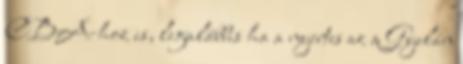
CBA-hoz is, legalábbis ha a nyertes az a Gyelán